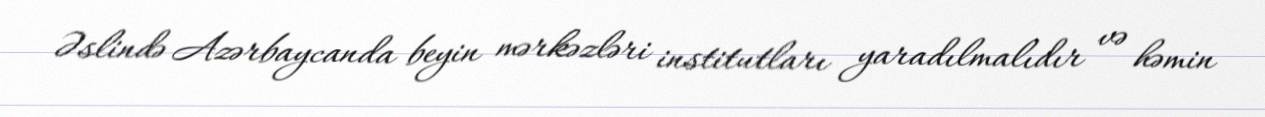
Əslində Azərbaycanda beyin mərkəzləri institutları yaradılmalıdır və həmin